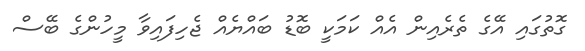
ގޮތުގައި އޭގެ ތެރެއިން އެއް ކަމަކީ ބޮޑު ބައްޔެއް ޖެހިފައިވާ މީހުންގެ ބޭސް